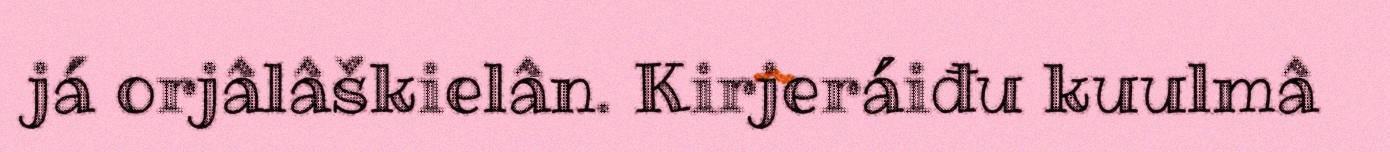
já orjâlâškielân. Kirjeráiđu kuulmâ